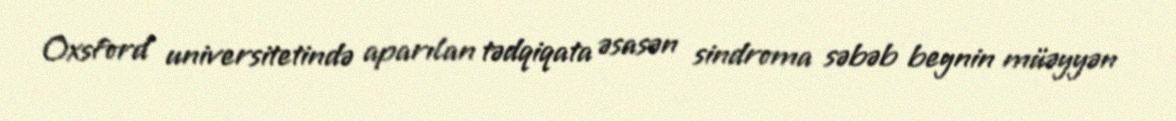
Oxsford universitetində aparılan tədqiqata əsasən sindroma səbəb beynin müəyyən